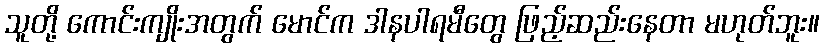
သူတို့ ကောင်းကျိုးအတွက် မောင်က ဒါနပါရမီတွေ ဖြည့်ဆည်းနေတာ မဟုတ်ဘူး။